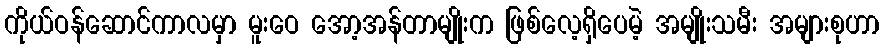
ကိုယ်ဝန်ဆောင်ကာလမှာ မူးဝေ အော့အန်တာမျိုးက ဖြစ်လေ့ရှိပေမဲ့ အမျိုးသမီး အများစုဟာ